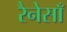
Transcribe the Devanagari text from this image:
रैनेसाँ